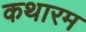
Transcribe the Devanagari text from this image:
कथारम